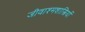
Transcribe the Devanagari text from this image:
जीवाश्मशास्त्रियों